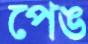
পেঙ